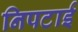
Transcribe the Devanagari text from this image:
निपटाई